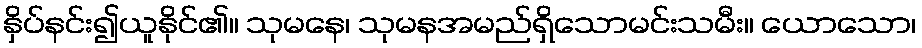
နှိပ်နင်း၍ယူနိုင်၏။ သုမနေ၊ သုမနအမည်ရှိသောမင်းသမီး။ ယောသော၊